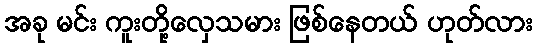
အခု မင်း ကူးတို့လှေသမား ဖြစ်နေတယ် ဟုတ်လား